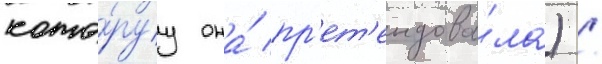
кото́руу она́ пр'ет'ендова́ла) /